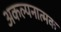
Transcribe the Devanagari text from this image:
अकल्पनात्मक